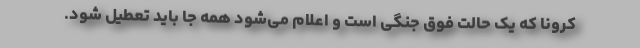
کرونا که یک حالت فوق جنگی است و اعلام می‌شود همه جا باید تعطیل شود.